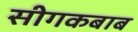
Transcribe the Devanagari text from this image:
सीगकबाब